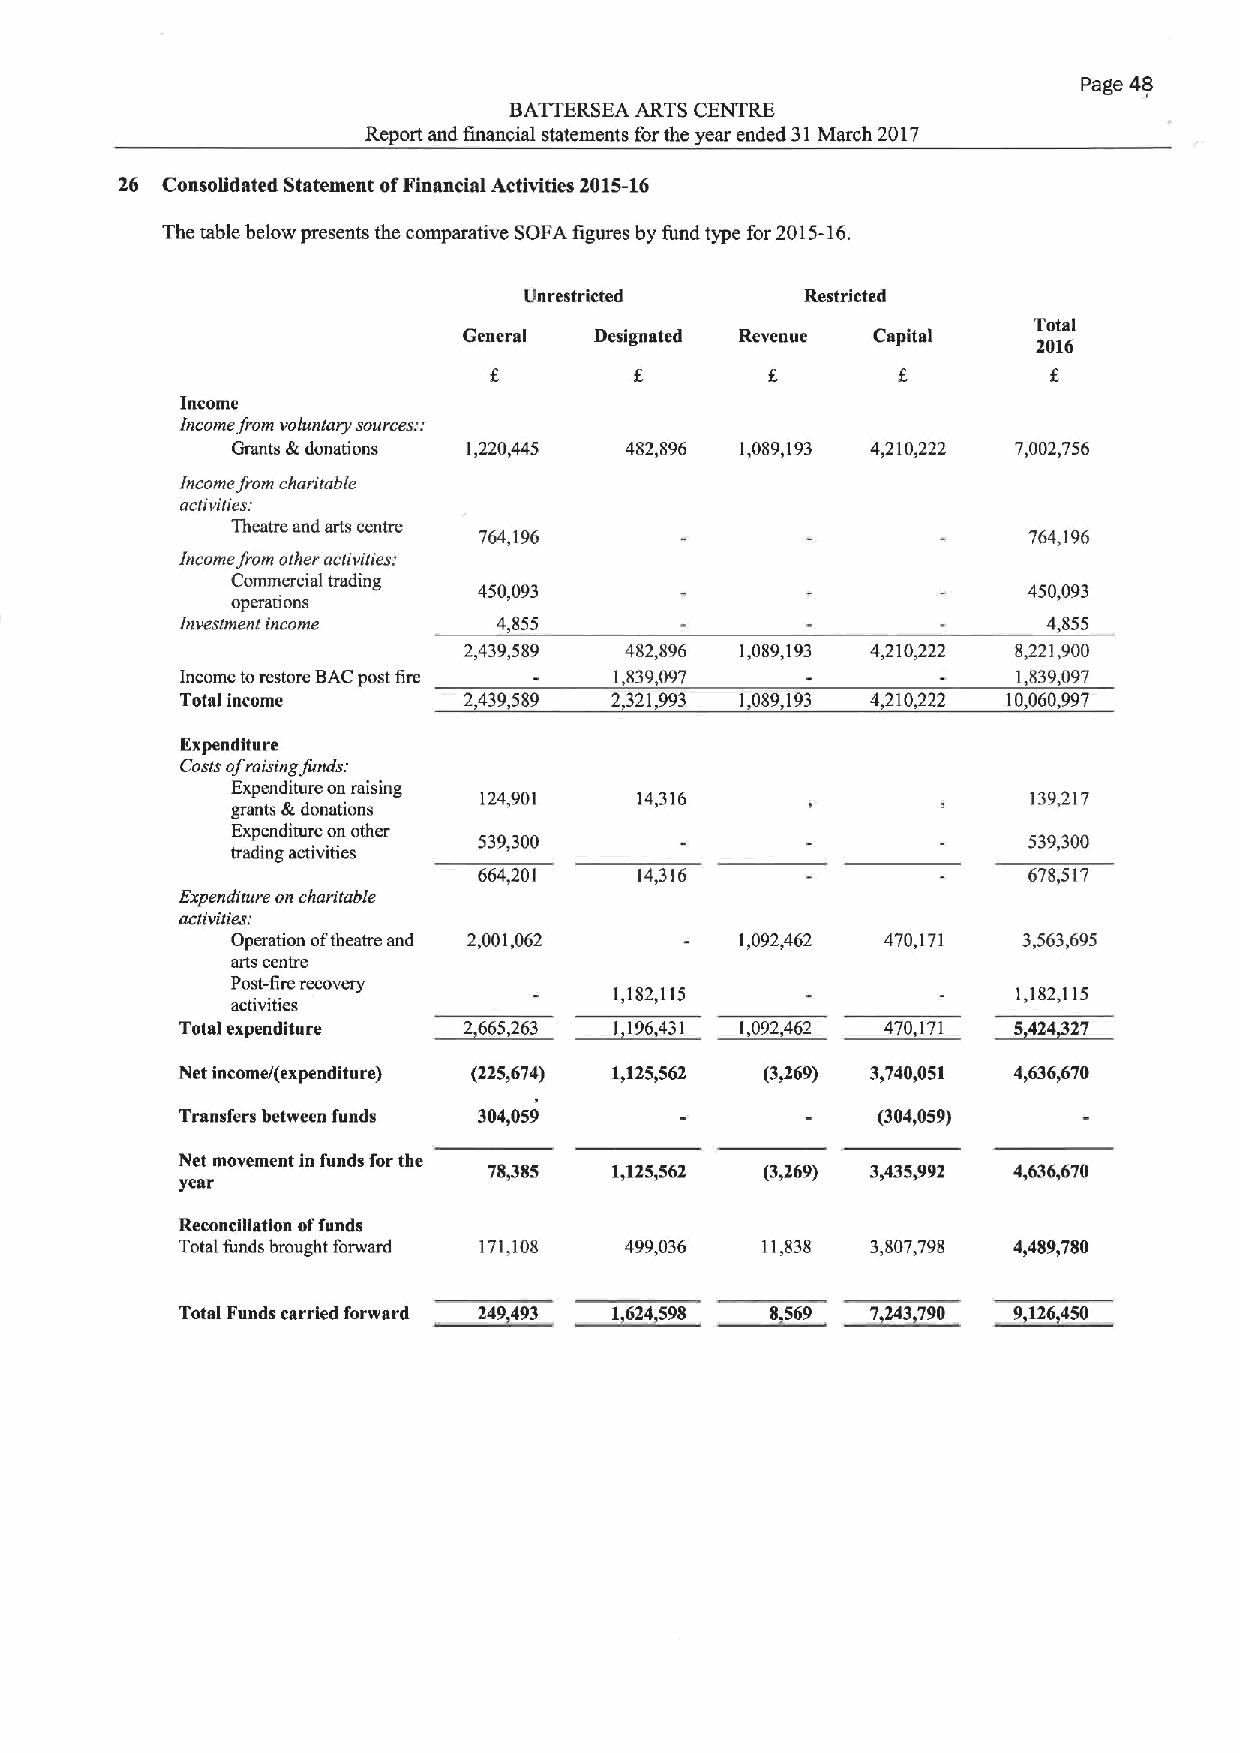
Page 48
 BATTERSEA ARTS CENTRE
 Report and financial statements forthe year ended 31March 2017
 26 Consolidated Statement ofFinancial Activities 2015-16
 The table below presents the comparative SOFA figures by fund type for2015-16.
 Unrestricted      Restricted
 Total
 General Designated Revenue Capital
 2016
 Income
 Income from voluntary sources:.'
 Grants &donations 1,220,445 482,896 1,089,193 4,210,222 7,002,756
 Income from chari iable
 activities:
 Theatre and arts centre
 764,196                             764,196
 Income from other activities.'
 Commercial trading
 450,093                             450,093
 operations
 Investment income    4,855                               4,855
 2,439,589 482,896 1,089,193 4,210,222 8,221,900
 Income torestore BACpost tire 1,839,097                1,839,097
 Total income       2,439,589 2,321,993 1,089,193 4,210,222 10,060,997
 Expenditure
 Costs ofraising funds:
 Expenditure on raising
 124,901   14,316                    139,217
 grants &donations
 Expenditure on other
 539,300                             539,300
 trading activities
 664,201   14,316                    678,517
 Expenditure on charitable
 activities:
 Operation oftheatre and 2,001,062 1,092,462 470,171  3,563,695
 arts centre
 Post-fire recovery           3»
 1,182,115                 1,182,115
 activities
 Total expenditure   665 63   1 96     09 6     70 7   ~0424 27
 Net income/(expenditure) (225&674) 1,125,562 (3,269) 3,740,051 4&636&670
 Transfers between funds 304,059               (304,059)
 Net movement in funds for the
 78,385   1,125,562 (3,269) 3,435,992 4,636,670
 year
 Reconciliation offunds
 Total funds brought forward 171,108 499,036 11,838 3,807,798 4,489,780
 0   0      9493    1624590   0069   77. 3790 9 6 50